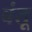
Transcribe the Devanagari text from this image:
बंतू